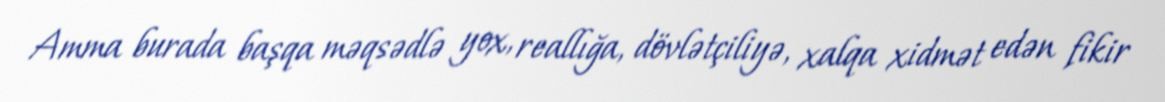
Amma burada başqa məqsədlə yox, reallığa, dövlətçiliyə, xalqa xidmət edən fikir